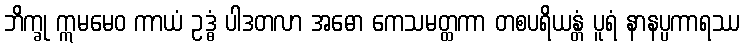
ဘိက္ခု ဣမမေဝ ကာယံ ဥဒ္ဓံ ပါဒတလာ အဓော ကေသမတ္ထကာ တစပရိယန္တံ ပူရံ နာနပ္ပကာရဿ